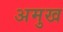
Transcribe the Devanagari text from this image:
अमुख